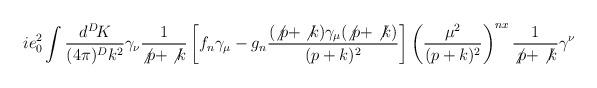
LaTeX: \begin{align*}ie_0^2\int\frac{d^D\!K}{(4\pi)^Dk^2}\gamma_\nu\frac{1}{\not{p}+\not{k}} \left[ f_n\gamma_\mu - g_n\frac{(\not{p}+\not{k})\gamma_\mu(\not{p}+\not{k})} {(p+k)^2}\right]\left(\frac{\mu^2}{(p+k)^2}\right)^{nx} \frac{1}{\not{p}+\not{k}}\gamma^\nu\end{align*}